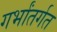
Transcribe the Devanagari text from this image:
गर्भांतर्गत